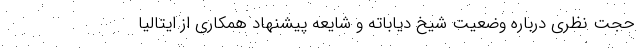
حجت نظری درباره وضعیت شیخ دیاباته و شایعه پیشنهاد همکاری از ایتالیا